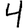
Digit: 4